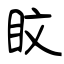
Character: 盿